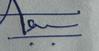
Signature authenticity: genuine